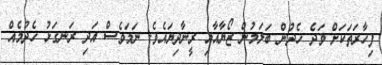
ފިހާރަތަކަށް ވަދެ ހެދުން ބަލަމުން ޒޯޔާއާއި ރީނާދިޔައެވެ. ނަމަވެސް އަދި ރަނގަޅު ހެދުމެއް